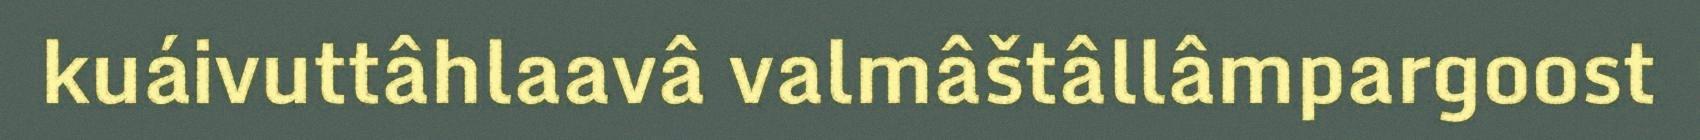
kuáivuttâhlaavâ valmâštâllâmpargoost